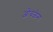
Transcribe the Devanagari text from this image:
ओंबळेना